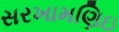
સરખામણિઇ